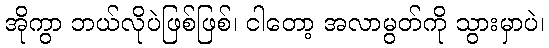
အိုကွာ ဘယ်လိုပဲဖြစ်ဖြစ်၊ ငါတော့ အလာမွတ်ကို သွားမှာပဲ၊